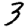
Digit: 3